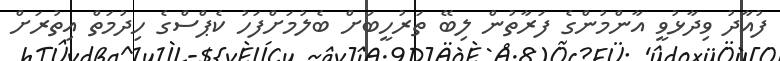
ފުއާދު ވިދާޅުވީ އާންމުންގެ ފަރާތުން ލިބޭ ތަރުހީބަށް ބެލުމަށްފަހު ކެޕްްސްގެ ހިދުމަތް އިތުރަށް